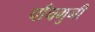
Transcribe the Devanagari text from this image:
पाँचगुनी